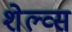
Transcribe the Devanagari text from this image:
शेल्व्स